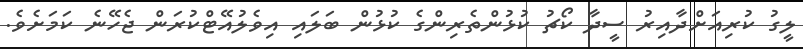
ލީގު ކުރިއަށްދާއިރު ސީދާ ކޯޗު ކުޅުންތެރިންގެ ކުޅުން ބަލައި އިވެލުއޭޓްކުރަން ޖެހޭނެ ކަމަށެވެ.